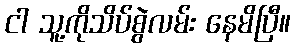
ငါ သူ့ကိုသိပ်စွဲလမ်း နေမိပြီ။